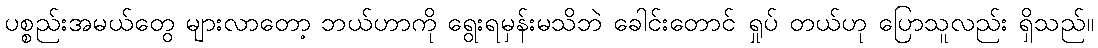
ပစ္စည်းအမယ်တွေ များလာတော့ ဘယ်ဟာကို ရွေးရမှန်းမသိဘဲ ခေါင်းတောင် ရှုပ် တယ်ဟု ပြောသူလည်း ရှိသည်။